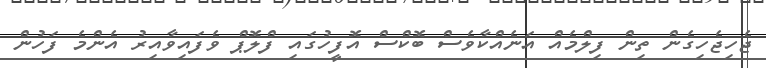
ޖެހިޖެހިގެން ތިން ފިލްމެއް އަނެއްކާވެސް ބޮކްސް އޮފީހުގައި ފްލޮޕް ވެފައިވާއިރު އެންމެ ފަހުން